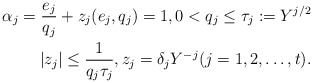
\begin{align*}\alpha_j = \frac{e_j}{q_j} + z_j (e_j, q_j) =1, 0 < q_j \leq \tau_j := Y^{j/2} \\|z_j| \leq \frac{1}{q_j \tau_j}, z_j = \delta_j Y^{-j} (j=1,2, \dots, t).\end{align*}